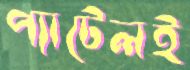
প্যাটেলই